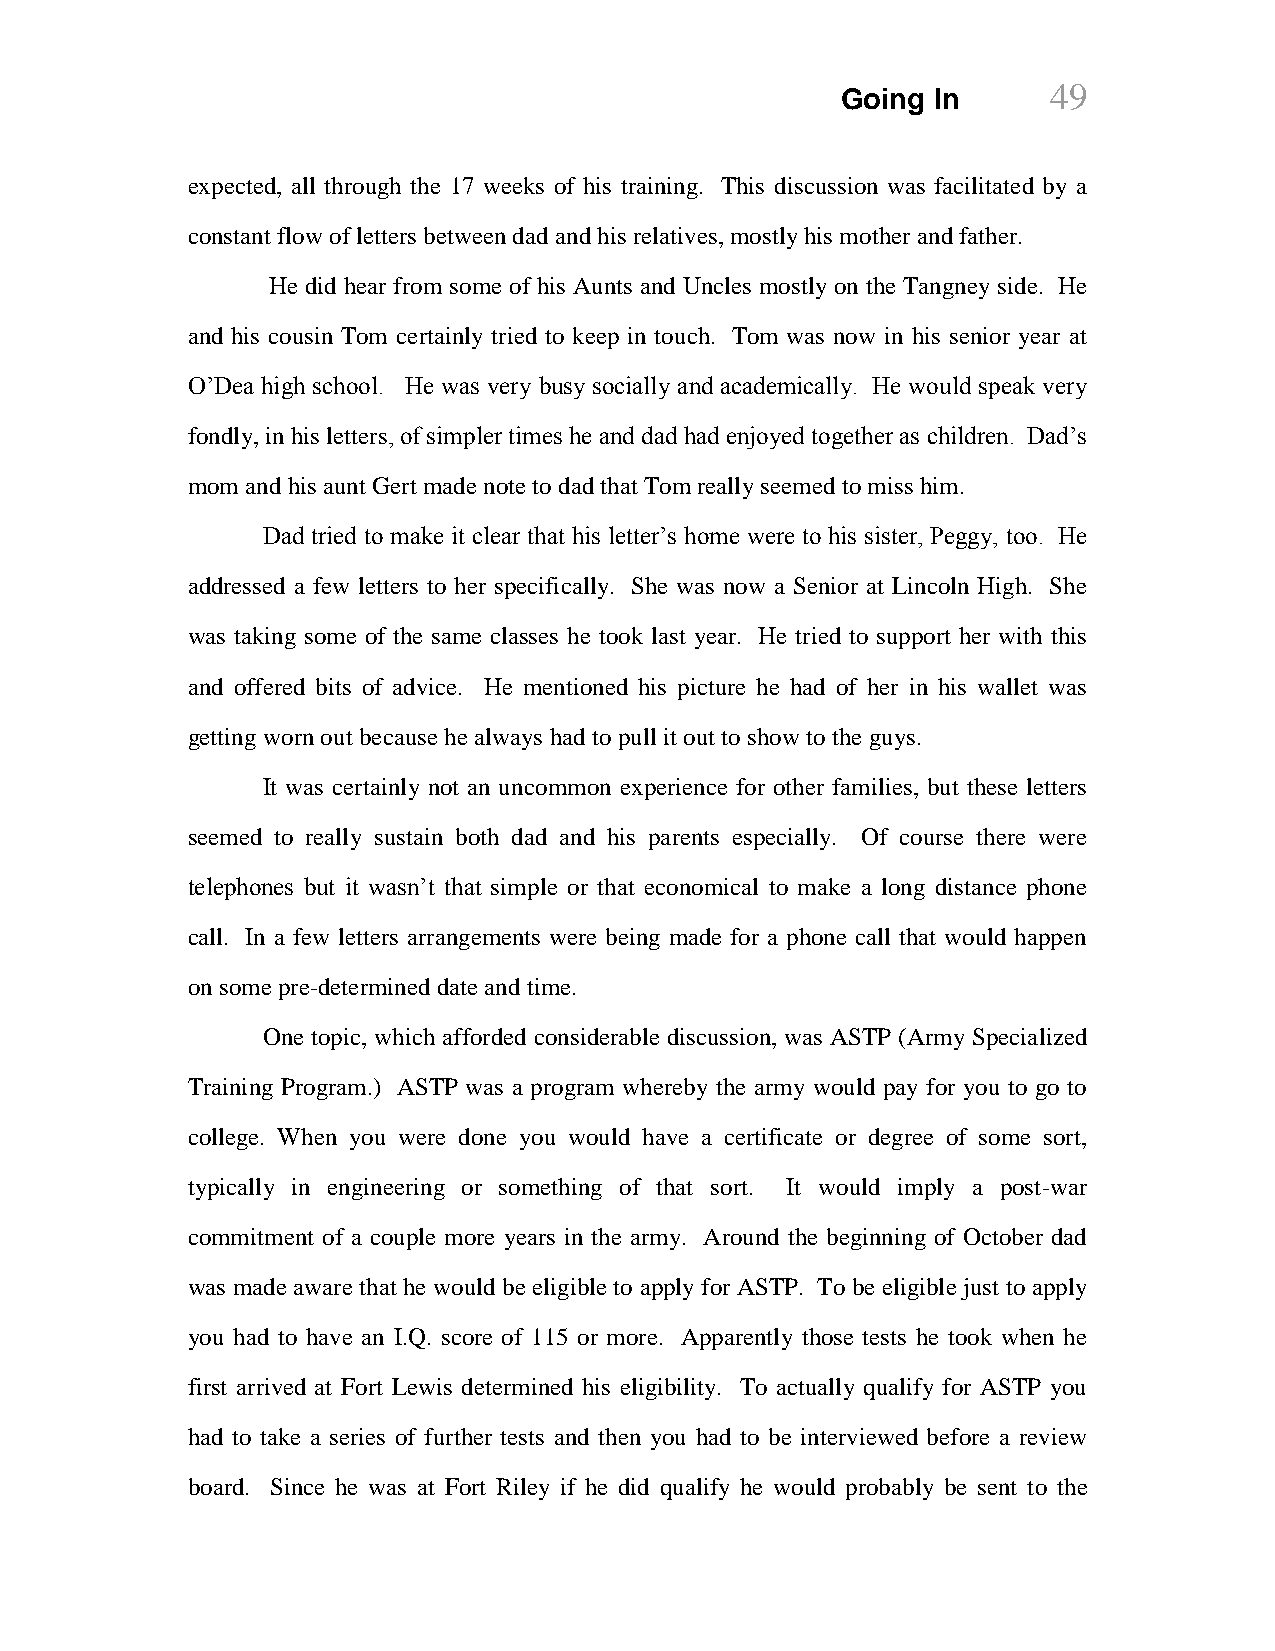
Going In      49
 expected, all through the 17 weeks of his training. This discussion was facilitated by a
 constant flow of letters between dad and his relatives, mostly his mother and father.
 He did hear from some of his Aunts and Uncles mostly on the Tangney side. He
 and his cousin Tom certainly tried to keep in touch. Tom was now in his senior year at
 O’Dea high school. He was very busy socially and academically. He would speak very
 fondly, in his letters, of simpler times he and dad had enjoyed together as children. Dad’s
 mom and his aunt Gert made note to dad that Tom really seemed to miss him.
 Dad tried to make it clear that his letter’s home were to his sister, Peggy, too. He
 addressed a few letters to her specifically. She was now a Senior at Lincoln High. She
 was taking some of the same classes he took last year. He tried to support her with this
 and offered bits of advice. He mentioned his picture he had of her in his wallet was
 getting worn out because he always had to pull it out to show to the guys.
 It was certainly not an uncommon experience for other families, but these letters
 seemed to really sustain both dad and his parents especially. Of course there were
 telephones but it wasn’t that simple or that economical to make a long distance phone
 call. In a few letters arrangements were being made for a phone call that would happen
 on some pre-determined date and time.
 One topic, which afforded considerable discussion, was ASTP (Army Specialized
 Training Program.) ASTP was a program whereby the army would pay for you to go to
 college. When you were done you would have a certificate or degree of some sort,
 typically in engineering or something of that sort. It would imply a post-war
 commitment of a couple more years in the army. Around the beginning of October dad
 was made aware that he would be eligible to apply for ASTP. To be eligible just to apply
 you had to have an I.Q. score of 115 or more. Apparently those tests he took when he
 first arrived at Fort Lewis determined his eligibility. To actually qualify for ASTP you
 had to take a series of further tests and then you had to be interviewed before a review
 board. Since he was at Fort Riley if he did qualify he would probably be sent to the